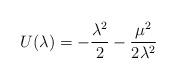
LaTeX: \begin{align*}U(\lambda) =-\frac{\lambda^2}{2}-\frac{\mu^2}{2\lambda^2}\end{align*}